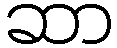
ဆာ